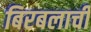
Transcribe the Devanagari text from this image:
बिरबलाची